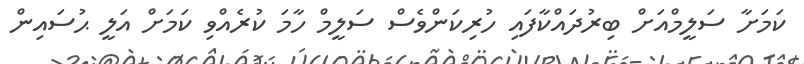
ކަމަށާ ސަލީމްއަށް ބިރުދައްކާފައި ހުރިކަންވެސް ސަލީމް ހާމަ ކުރެއްވި ކަމަށް އަލީ ޙުސައިން